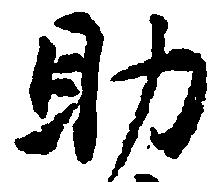
助